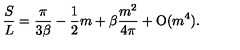
{ \frac { S } { L } } = { \frac { \pi } { 3 \beta } } - { \frac { 1 } { 2 } } m + \beta { \frac { m ^ { 2 } } { 4 \pi } } + \mathrm { O } ( m ^ { 4 } ) .